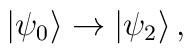
|\psi_0\rangle \rightarrow |\psi_2\rangle\,,